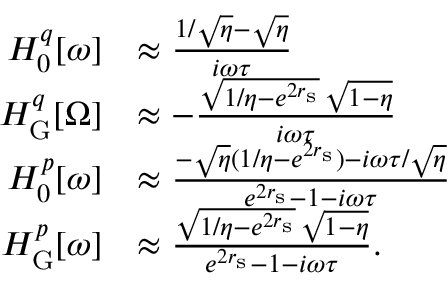
\begin{array} { r l } { H _ { 0 } ^ { q } [ \omega ] } & { \approx \frac { 1 / \sqrt { \eta } - \sqrt { \eta } } { i \omega \tau } } \\ { H _ { \mathrm { G } } ^ { q } [ \Omega ] } & { \approx - \frac { \sqrt { 1 / \eta - e ^ { 2 r _ { \mathrm { s } } } } \, \sqrt { 1 - \eta } } { i \omega \tau } } \\ { H _ { 0 } ^ { p } [ \omega ] } & { \approx \frac { - \sqrt { \eta } ( 1 / \eta - e ^ { 2 r _ { \mathrm { s } } } ) - i \omega \tau / \sqrt { \eta } } { e ^ { 2 r _ { \mathrm { s } } } - 1 - i \omega \tau } } \\ { H _ { \mathrm { G } } ^ { p } [ \omega ] } & { \approx \frac { \sqrt { 1 / \eta - e ^ { 2 r _ { \mathrm { s } } } } \, \sqrt { 1 - \eta } } { e ^ { 2 r _ { \mathrm { s } } } - 1 - i \omega \tau } . } \end{array}